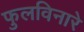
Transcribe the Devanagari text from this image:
फुलविनारे